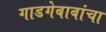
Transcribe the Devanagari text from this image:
गाडगेबाबांचा